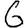
Digit: 6